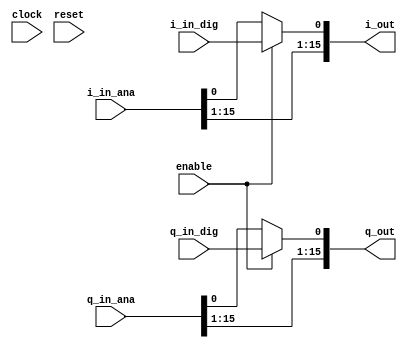
module rx_chain_dig
  (input clock,
   input reset,
   input enable,
   input wire [15:0] i_in_ana,
   input wire [15:0] q_in_ana,
   input wire i_in_dig,
   input wire q_in_dig,
   output wire [15:0] i_out,
   output wire [15:0] q_out
   );

   //assign upper 15 bits of output to analog input,
   // discards lsb of analog input and replace with digital input bit (which comes from gpio)
   assign i_out = (enable)?{i_in_ana[15:1],i_in_dig}:i_in_ana;
   assign q_out = (enable)?{q_in_ana[15:1],q_in_dig}:q_in_ana;

endmodule